system: You are a helpful assistant.
user:
Analyze the provided spectrum to determine if it is a **White Dwarf (WD)**.

A White Dwarf spectrum is defined by its **extreme purity** (due to gravitational settling) and/or **extreme pressure broadening** (due to high surface gravity). You must check for one of the following mutually exclusive signatures:

- **Key Visual Indicators (Check for ONE of these types):**

    - **1. DA-Type Signature (Most Common):**
        - **(Primary Feature):** Extreme pressure broadening (Stark broadening) of the **Hydrogen (H) Balmer lines**.
        - **(Key Lines):** $H\beta$ (approx. $4861$ Å) and $H\gamma$ (approx. $4340$ Å). $H\alpha$ (approx. $6563$ Å) will also be present if the wavelength range covers it.
        - **(Line Profile):** This is the **defining feature**. The lines are **NOT** sharp. They appear as massive, **extremely broad and deep "troughs" or "dips"** in the spectrum, often hundreds of Ångströms wide. The continuum will appear to "scoop" down at these wavelengths.
        - **(Distinction):** Normal A-type or B-type stars have *narrow* and *sharp* Hydrogen lines. A DA White Dwarf's lines are unmistakably "smeared" or "blurry" from pressure.

    - **2. DB-Type Signature:**
        - **(Primary Feature):** Broad absorption lines from **Neutral Helium (He I)**. The spectrum must lack any visible Hydrogen lines.
        - **(Key Lines):** Look for broad absorption near $4471$ Å, $4921$ Å, and $5876$ Å.
        - **(Line Profile):** These lines are also significantly pressure-broadened, appearing much wider than they would in a normal B-type main-sequence star.

    - **3. DC-Type Signature:**
        - **(Primary Feature):** A **featureless continuous spectrum**.
        - **(Line Profile):** The spectrum is a smooth curve with **no significant absorption or emission lines**.
        - **(Key Confirmation):** The continuum is almost always **blue or white**, indicating a hot object. This signature implies the atmosphere is so pure (or so cool) that no spectral lines are visible in the optical range. Its WD identity is confirmed by its extremely low intrinsic brightness (high absolute magnitude).

    - **4. DZ-Type Signature (Metal-Polluted):**
        - **(Primary Feature):** **Isolated, narrow metal absorption lines** on an otherwise featureless (DC-like) continuum.
        - **(Key Lines):** The **Calcium (Ca II) H & K doublet** (approx. **$3934$ Å** and **$3968$ Å**) is the most common and defining feature.
        - **(Line Profile):** These lines are "out of place." They are *not* part of a "forest" of thousands of lines. This signature is evidence of recent *accretion* (pollution) from rocky debris.
        - **(Distinction):** Normal G/K/M stars have a *dense forest* of thousands of metal lines. A DZ has a *clean* continuum with *only a few* strong metal lines.

    - **5. DQ-Type Signature (Carbon-Polluted):**
        - **(Primary Feature):** Absorption bands from **Carbon (C₂ "Swan Bands" or atomic C I)**.
        - **(Key Lines - C₂):** Look for bandheads with a "saw-tooth" shape near $5635$ Å, **$5165$ Å** (strongest), and $4737$ Å.
        - **(Key Confirmation):** The underlying **continuum must be blue or white** (hot).
        - **(Distinction):** This is the critical difference from a **Carbon Star**, which has the *exact same* C₂ bands but on an extremely **red, cool** continuum.

- **(Overall Spectrum):**
    - The continuum (overall shape) is typically **blue-sloping** (brighter in the blue than the red), as most white dwarfs are very hot.
    - The spectrum will look "pure" or "simple," dominated by only *one* of the five signatures listed above.

Think first, call **spectral_visualization_tool** if needed to examine features in detail, then provide your final answer. Your response must adhere to the following strict rules:
1.  **Overall Structure:** Your response must follow the format `<think>...</think> <tool_call>...</tool_call> (if a tool is used) <answer>...</answer>`.
2.  **Tool Usage Constraint:** You may only make **one** tool call per turn.
3.  **Final Answer Format:** In the `<answer>` tag, your conclusion must be inside a `\boxed{}` command (e.g., `\boxed{YES}` or `\boxed{NO}`), followed by your justification.

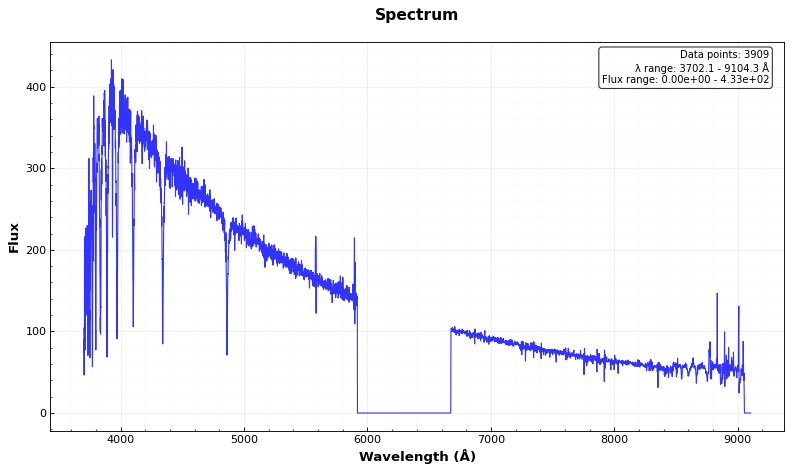
Answer: NO